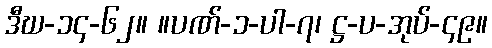
ဒီဃ-၁၄-၆၂။ ။ပဏ်-၁-ပါ-၇၊ ဋ္ဌ-ပ-အုပ်-၄၉။